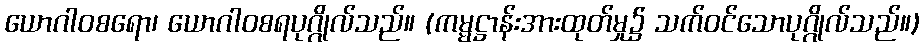
ယောဂါဝစရော၊ ယောဂါဝစရပုဂ္ဂိုလ်သည်။ (ကမ္မဋ္ဌာန်းအားထုတ်မှု၌ သက်ဝင်သောပုဂ္ဂိုလ်သည်။)